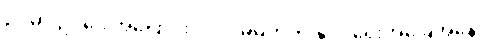
ဥပမာ ဥပဒေ အပြောင်းလဲ၊ ဒါမှမဟုတ် နိုင်ငံရေးအခြေအနေ